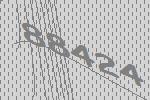
88424